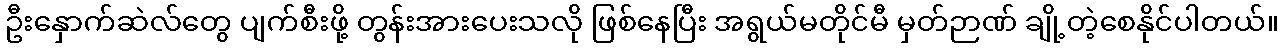
ဦးနှောက်ဆဲလ်တွေ ပျက်စီးဖို့ တွန်းအားပေးသလို ဖြစ်နေပြီး အရွယ်မတိုင်မီ မှတ်ဉာဏ် ချို့တဲ့စေနိုင်ပါတယ်။